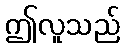
ဤလူသည်